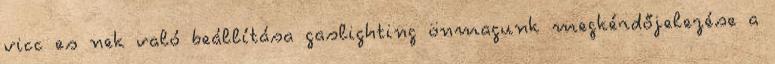
vicc es nek való beállítása gaslighting önmagunk megkérdőjelezése a